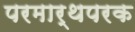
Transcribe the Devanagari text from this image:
परमार्थपरक